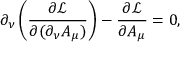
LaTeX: \partial _ { \nu } \left( { \frac { \partial { \mathcal { L } } } { \partial ( \partial _ { \nu } A _ { \mu } ) } } \right) - { \frac { \partial { \mathcal { L } } } { \partial A _ { \mu } } } = 0 ,